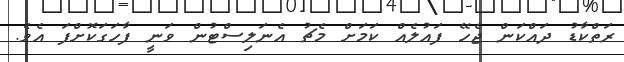
ރަތްކާޑު ދައްކަން ޖެހޭ ފައުލެއް ކަމަށް މެޗު އެނަލިސްޓުން ވަނީ ފާހަގަކޮށްފަ އެވެ.